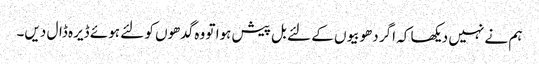
ہم نے نہیں دیکھا کہ اگر دھوبیوں کے لئے بل پیش ہوا تو وہ گدھوں کو لئے ہوئے ڈیرہ ڈال دیں۔